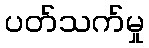
ပတ်သက်မှု